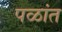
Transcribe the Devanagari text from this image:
पळांत